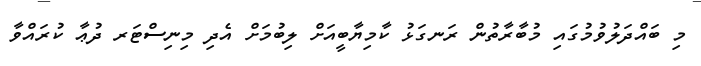
މި ބައްދަލުވުމުގައި މުބާރާތުން ރަނގަޅު ކާމިޔާބީއަށް ލިބުމަށް އެދި މިނިސްޓަރ ދުޢާ ކުރައްވާ